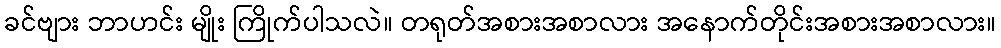
ခင်ဗျား ဘာဟင်း မျိုး ကြိုက်ပါသလဲ။ တရုတ်အစားအစာလား အနောက်တိုင်းအစားအစာလား။